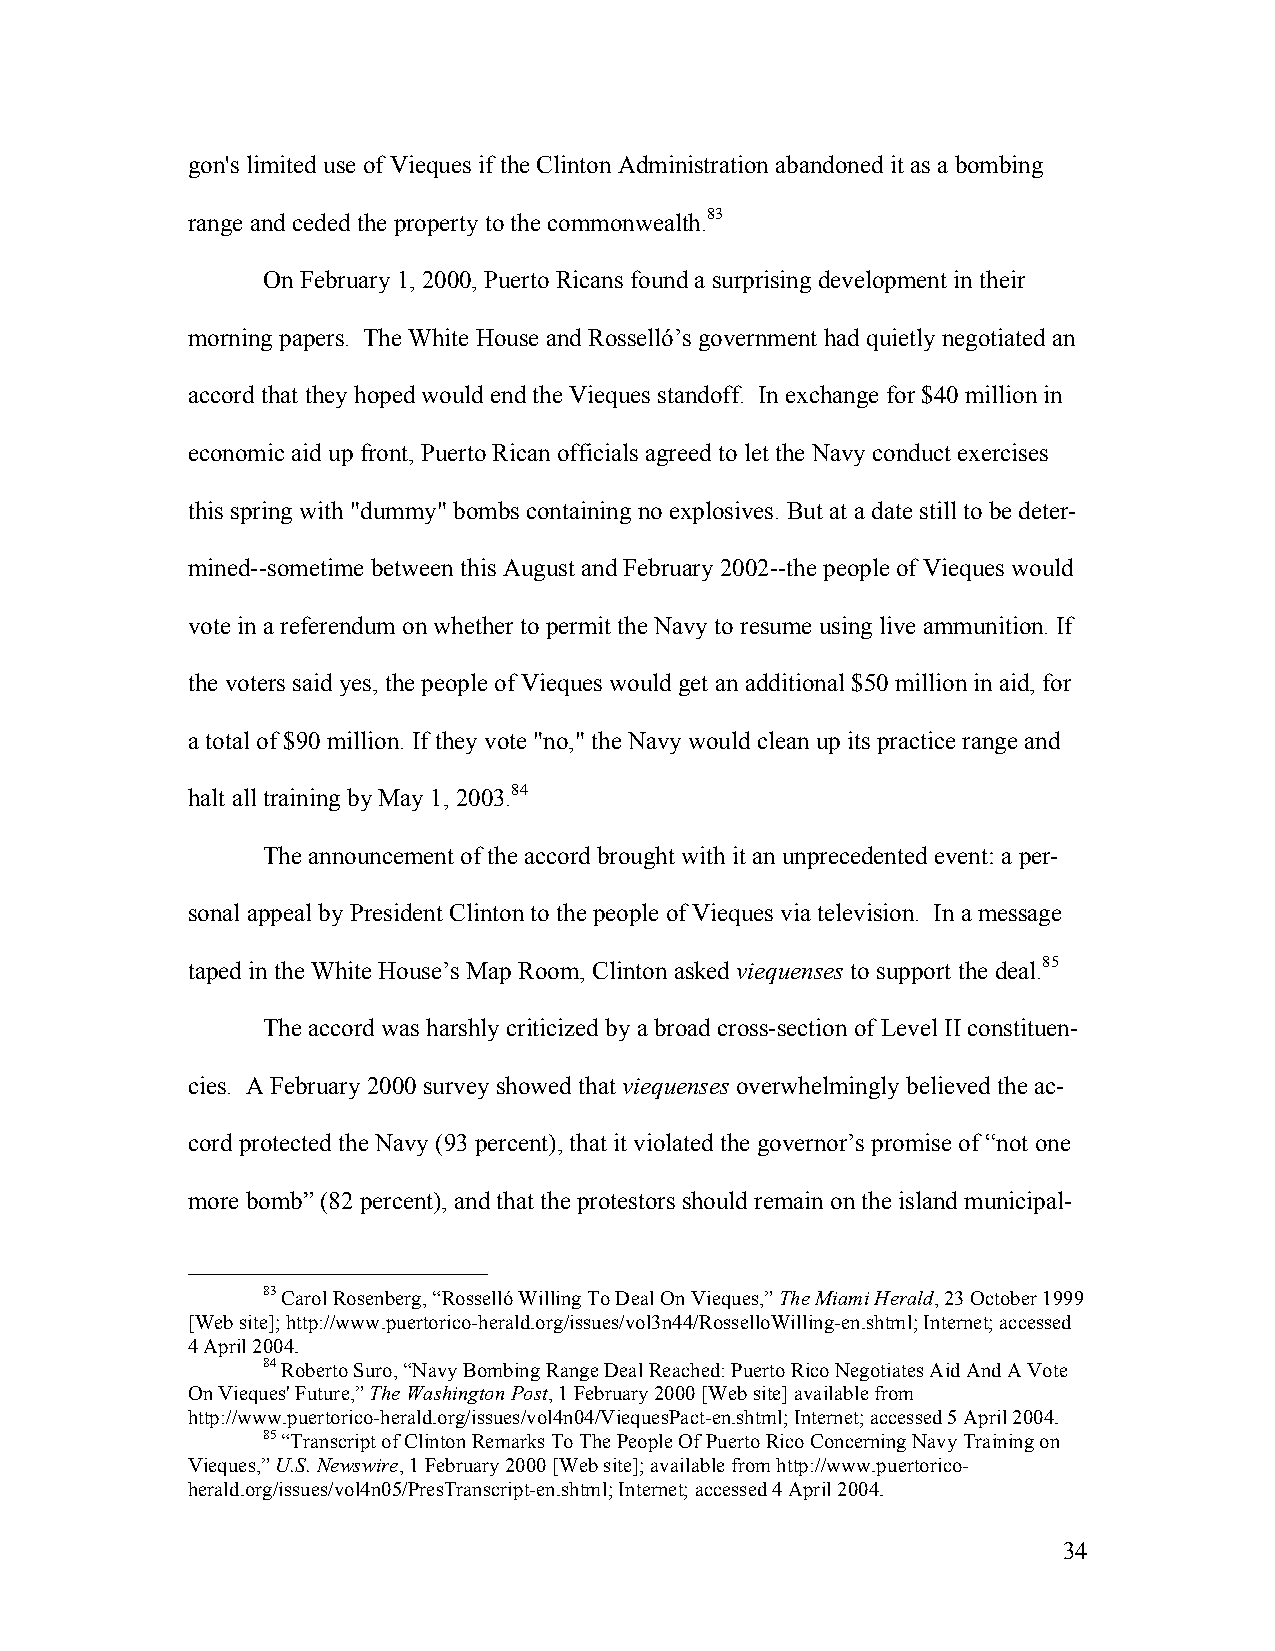
gon's limited use of Vieques if the Clinton Administration abandoned it as a bombing
 range and ceded the property to the commonwealth.83
 On February 1, 2000, Puerto Ricans found a surprising development in their
 morning papers. The White House and Rosselló’s government had quietly negotiated an
 accord that they hoped would end the Vieques standoff. In exchange for $40 million in
 economic aid up front, Puerto Rican officials agreed to let the Navy conduct exercises
 this spring with "dummy" bombs containing no explosives. But at a date still to be deter-
 mined--sometime between this August and February 2002--the people of Vieques would
 vote in a referendum on whether to permit the Navy to resume using live ammunition. If
 the voters said yes, the people of Vieques would get an additional $50 million in aid, for
 a total of $90 million. If they vote "no," the Navy would clean up its practice range and
 halt all training by May 1, 2003.84
 The announcement of the accord brought with it an unprecedented event: a per-
 sonal appeal by President Clinton to the people of Vieques via television. In a message
 taped in the White House’s Map Room, Clinton asked viequenses to support the deal.85
 The accord was harshly criticized by a broad cross-section of Level II constituen-
 cies. A February 2000 survey showed that viequenses overwhelmingly believed the ac-
 cord protected the Navy (93 percent), that it violated the governor’s promise of “not one
 more bomb” (82 percent), and that the protestors should remain on the island municipal-
 83 Carol Rosenberg, “Rosselló Willing To Deal On Vieques,” The Miami Herald, 23 October 1999
 [Web site]; http://www.puertorico-herald.org/issues/vol3n44/RosselloWilling-en.shtml; Internet; accessed
 4 April 2004.
 84 Roberto Suro, “Navy Bombing Range Deal Reached: Puerto Rico Negotiates Aid And A Vote
 On Vieques' Future,” The Washington Post, 1 February 2000 [Web site] available from
 http://www.puertorico-herald.org/issues/vol4n04/ViequesPact-en.shtml; Internet; accessed 5 April 2004.
 85 “Transcript of Clinton Remarks To The People Of Puerto Rico Concerning Navy Training on
 Vieques,” U.S. Newswire, 1 February 2000 [Web site]; available from http://www.puertorico-
 herald.org/issues/vol4n05/PresTranscript-en.shtml; Internet; accessed 4 April 2004.
 34